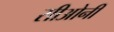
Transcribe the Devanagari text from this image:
सीओनी